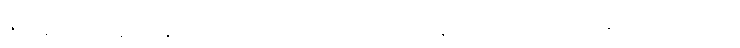
ဇဝနေ၊ လျှင်မြန်ခြင်းနှင့်လည်းကောင်း။ မဒ္ဒဝေန၊ ကိုယ်၏နူးညံသည်၏အအဖြစ်နှင့်လည်းကောင်း။